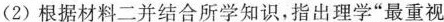
(2)根据材料二并结合所学知识，指出理学”最重视